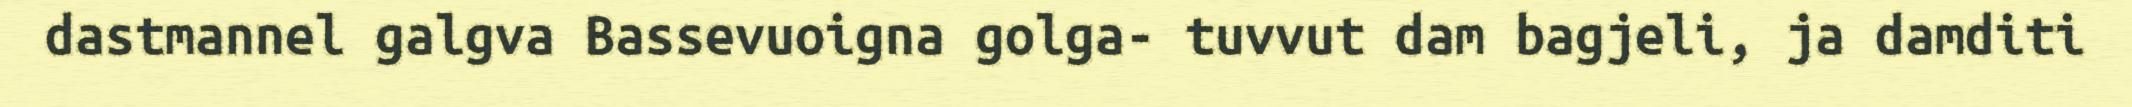
dastmannel galgva Bassevuoigna golga- tuvvut dam bagjeli, ja damditi